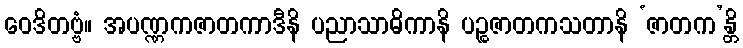
ဝေဒိတဗ္ဗံ။ အပဏ္ဏကဇာတကာဒီနိ ပညာသာဓိကာနိ ပဉ္စဇာတကသတာနိ ‘ဇာတက’န္တိ